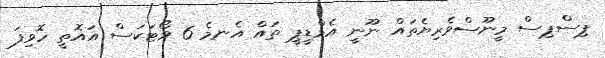
ޕިސްޕިސް މީނޫސްވެރިޔެތައް ނޫނީ އެމްޑީޕީ ތައް އެނމެ 6 ވޯޓަކަސް އައޮތީ ހޮވިފަ